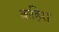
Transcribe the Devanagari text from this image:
कहिरा